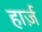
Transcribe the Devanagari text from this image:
हार्ज़